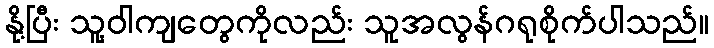
နို့ပြီး သူ့ဝါကျတွေကိုလည်း သူအလွန်ဂရုစိုက်ပါသည်။